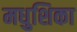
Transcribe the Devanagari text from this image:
मधुशिका